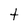
Character: t